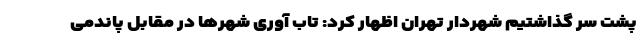
پشت سر گذاشتیم شهردار تهران اظهار کرد: تاب آوری شهرها در مقابل پاندمی